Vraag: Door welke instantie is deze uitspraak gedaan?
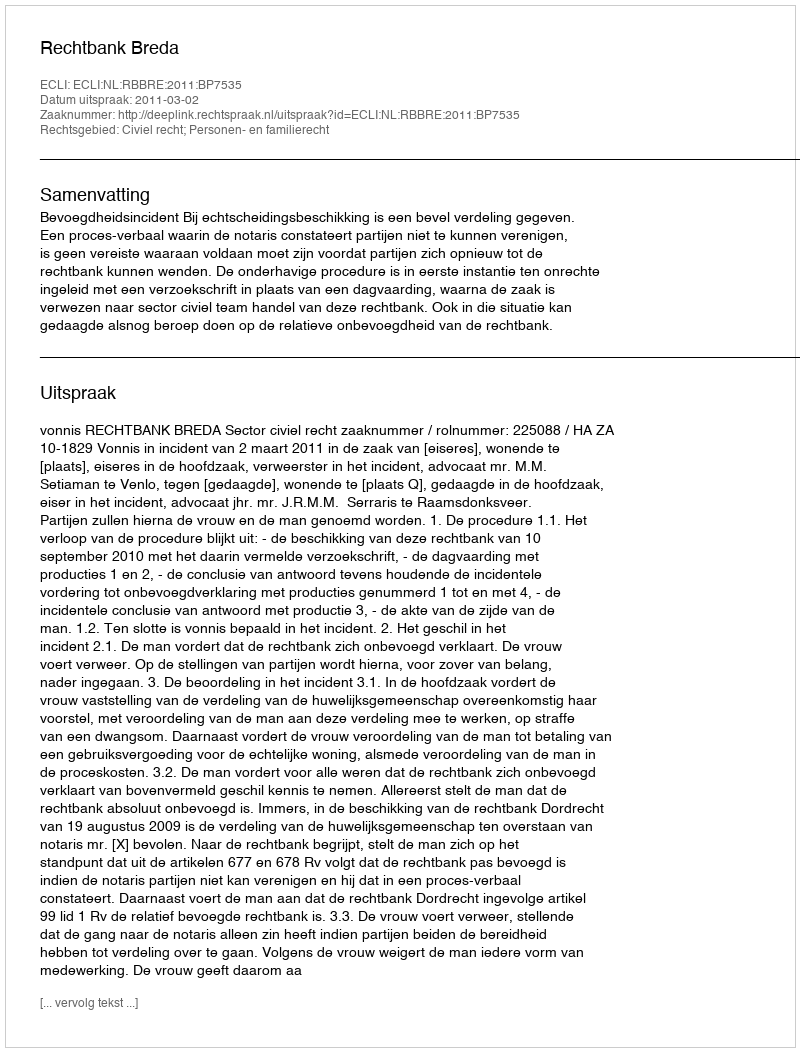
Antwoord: Rechtbank Breda